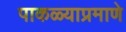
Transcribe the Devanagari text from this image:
पाकळ्याप्रमाणे